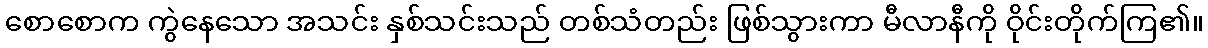
စောစောက ကွဲနေသော အသင်း နှစ်သင်းသည် တစ်သံတည်း ဖြစ်သွားကာ မီလာနီကို ဝိုင်းတိုက်ကြ၏။